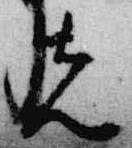
先